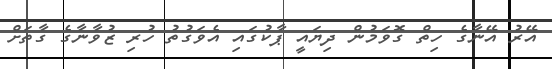
އޭރު އޭނާގެ ހިތް ގޮވަމުން ދިޔައީ ޕާކުގައި އެވަގުތު ހުރި ޒުވާނާގެ ގާތަށް